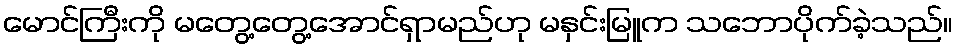
မောင်ကြီးကို မတွေ့တွေ့အောင်ရှာမည်ဟု မနှင်းမြူက သဘောပိုက်ခဲ့သည်။